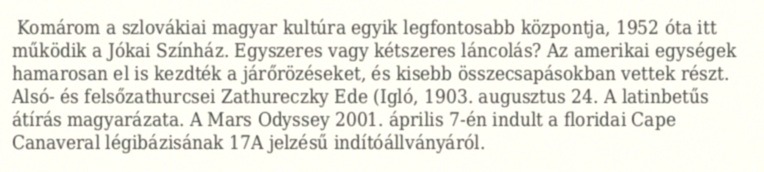
Komárom a szlovákiai magyar kultúra egyik legfontosabb központja, 1952 óta itt működik a Jókai Színház. Egyszeres vagy kétszeres láncolás? Az amerikai egységek hamarosan el is kezdték a járőrözéseket, és kisebb összecsapásokban vettek részt. Alsó- és felsőzathurcsei Zathureczky Ede (Igló, 1903. augusztus 24. A latinbetűs átírás magyarázata. A Mars Odyssey 2001. április 7-én indult a floridai Cape Canaveral légibázisának 17A jelzésű indítóállványáról.